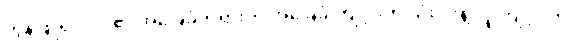
ကွန်ဖြူရှပ်ဝါဒ၏ အခြေခံတရားက အခြေခံ ကျင့်ဝတ် သုံးပါးနဲ့ လူ ကျင့်ဝတ်